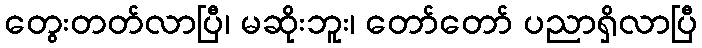
တွေးတတ်လာပြီ၊ မဆိုးဘူး၊ တော်တော် ပညာရှိလာပြီ